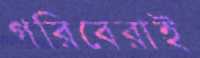
গরিবেরাই